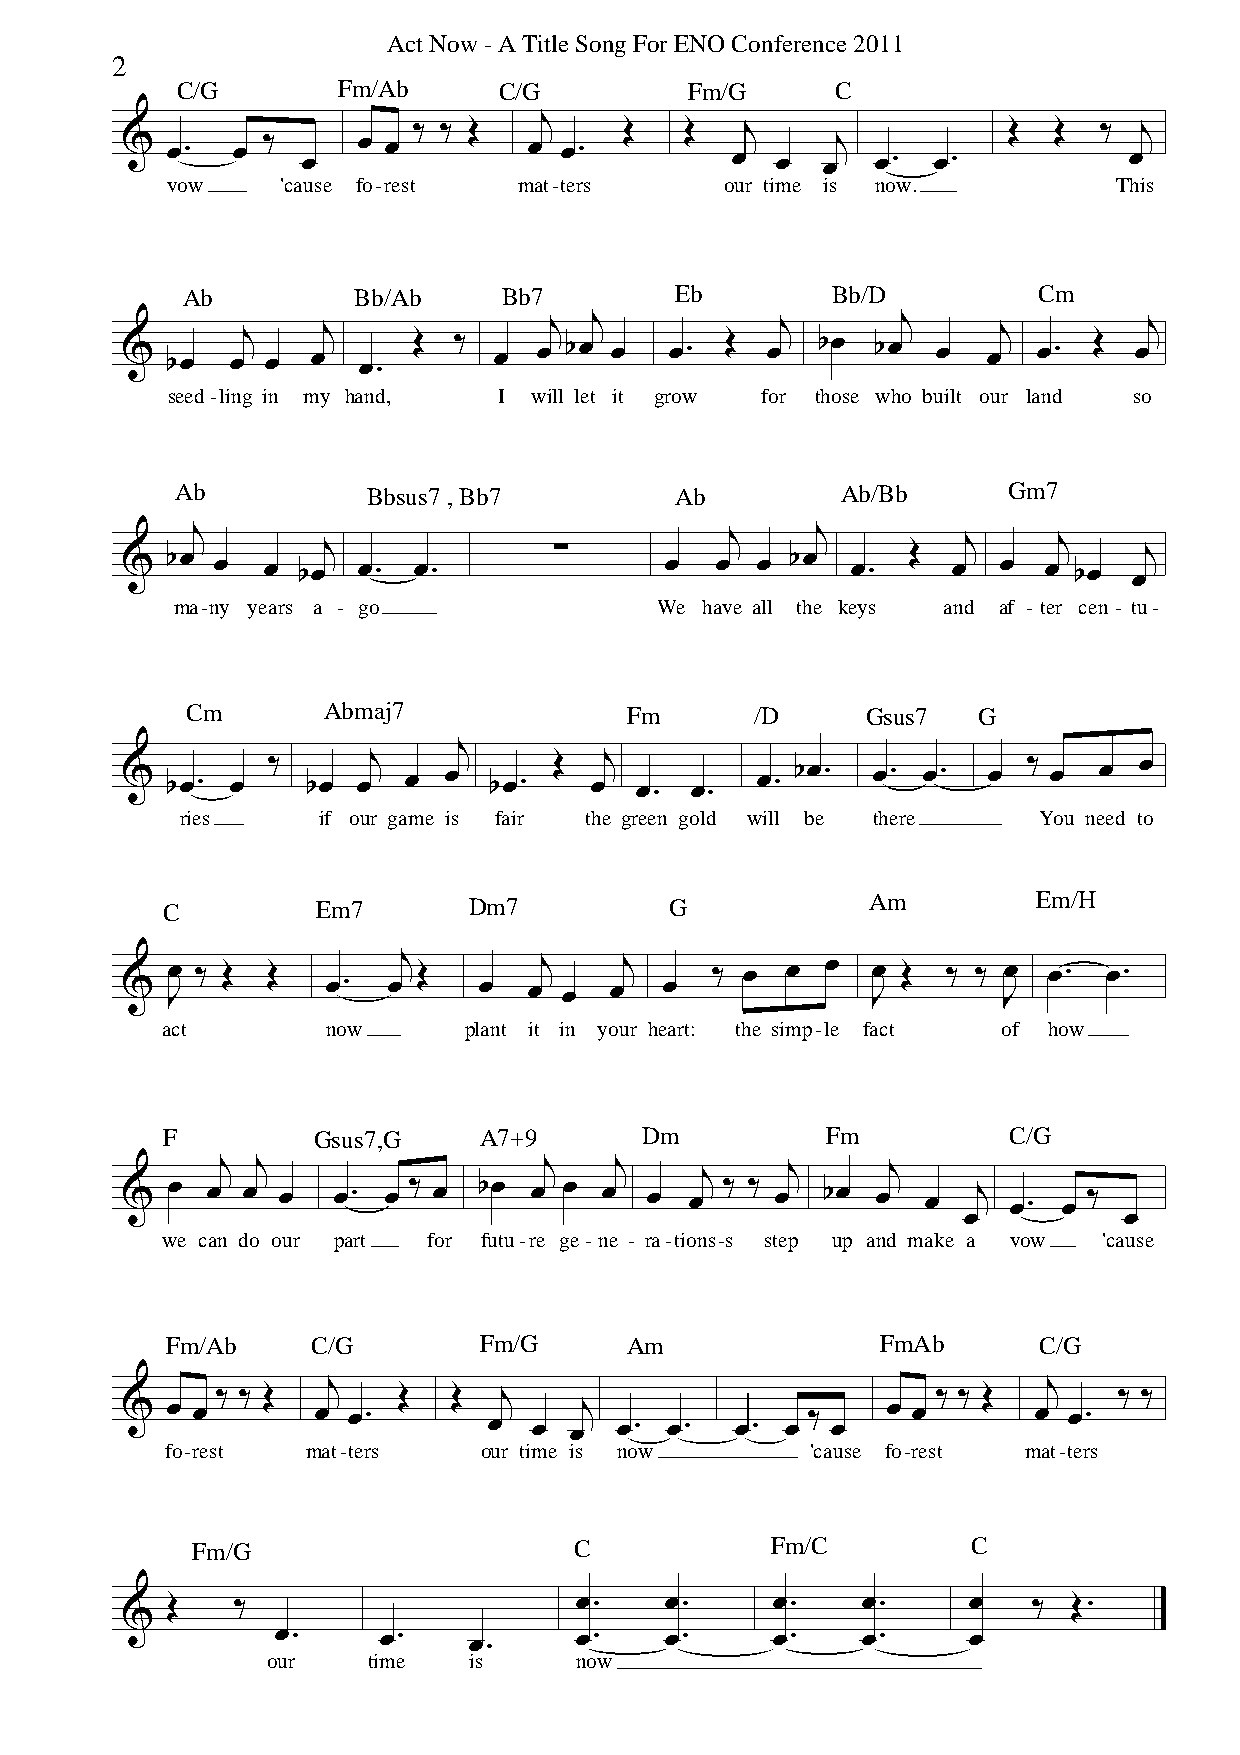
Act Now - A Title Song For ENO Conference 2011
 2
 C/G       Fm/Ab      C/G          Fm/G     C
 j
 ‰ ‰ Œ         Œ   Œ   j                 Œ  Œ  ‰  j
 &  œ.  œ ‰  œ   œ œ        œ œ.         œ  œ  œj  œ.  œ.           œ
 vow     'cause fo-rest mat-ters      our time is now.          This
 Ab         Bb/Ab     Bb7         Eb        Bb/D          Cm
 &  bœ  œj œ  œj œ. Œ  ‰  œ  œj bœj œ œ. Œ  œj bœ  bœj œ  œj  œ. Œ  œj
 seed-ling in my hand, I will let it grow for those who built our land so
 Ab          Bbsus7 , Bb7         Ab         Ab/Bb      Gm7
 &
 bœj
 œ  œ
 bœj
 œ. œ.
 ∑
 œ
 œj
 œ
 bœj
 œ.
 Œ  œj
 œ
 œj
 bœ
 œj
 ma-ny years a - go              We  have all the keys and af - ter cen - tu-
 Cm       Abmaj7              Fm       /D     Gsus7   G
 j
 &  bœ. œ  ‰ bœ  œj œ œ  bœ.  Œ œj œ.  œ.  œ. bœ.  œ. œ.  œ  ‰ œ  œ œ
 ries     if our game is fair the green gold will be there You need to
 C         Em7       Dm7          G             Am         Em/H
 &  Jœ ‰ Œ Œ   œ.  œj Œ  œ  œj
 œ
 œj  œ  ‰ œ  œ  œ  Jœ Œ ‰ ‰ Jœ œ. œ.
 act        now      plant it in your heart: the simp-le fact of how
 F         Gsus7,G    A7+9       Dm          Fm          C/G
 j j                  j    j    j     j      j
 &  œ  œ œ œ   œ.  œ ‰ œ bœ œ œ  œ  œ  œ ‰ ‰ œ  bœ œ  œ   j œ. œ ‰
 œ         œ
 we can do our part for futu-re ge-ne - ra-tions-s step up and make a vow 'cause
 Fm/Ab     C/G        Fm/G     Am               FmAb       C/G
 j                                              j
 ‰ ‰ Œ       Œ   Œ  j                            ‰ ‰ Œ       ‰ ‰
 &  œ œ       œ œ.       œ  œ  œj œ. œ.   œ. œ ‰ œ  œ œ      œ  œ.
 fo-rest  mat-ters    our time is now       'cause fo-rest mat-ters
 Fm/G                     C            Fm/C         C
 Œ   ‰                      œ.    œ.     œ.    œ.     œ   ‰  Œ.
 &
 œ.     œ.    œ.     œ.    œ.     œ.    œ.     œ
 our   time   is     now